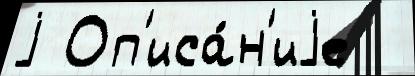
j Оп'иса́н'иjе